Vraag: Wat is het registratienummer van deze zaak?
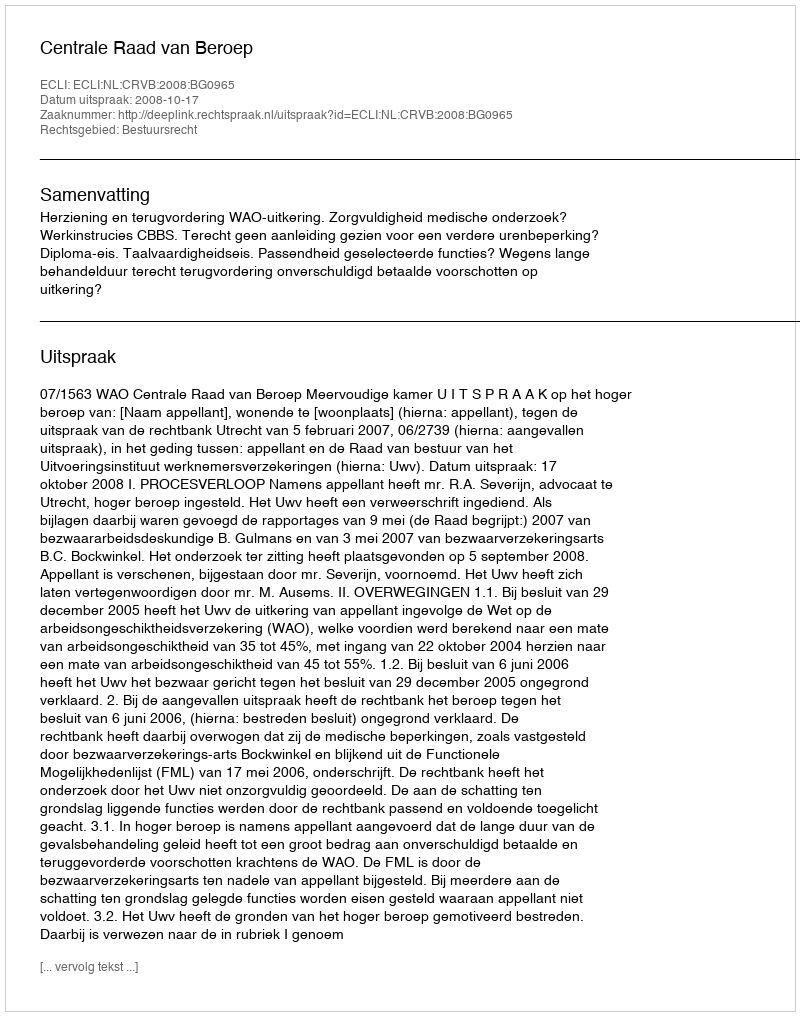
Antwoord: http://deeplink.rechtspraak.nl/uitspraak?id=ECLI:NL:CRVB:2008:BG0965